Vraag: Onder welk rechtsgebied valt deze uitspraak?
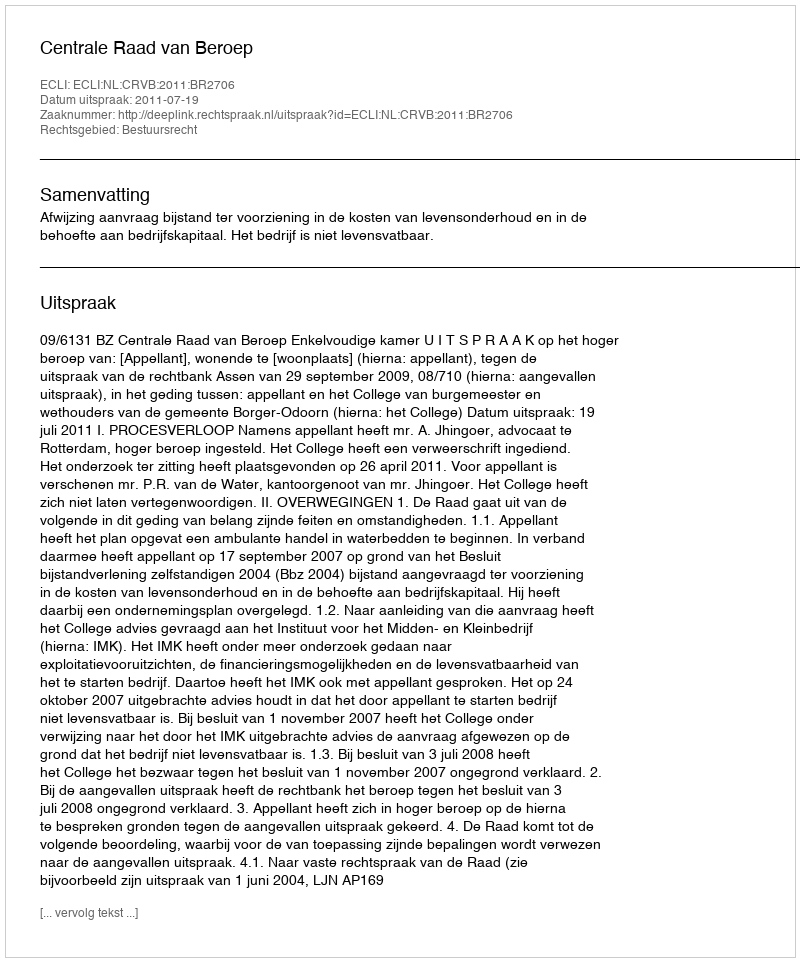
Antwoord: Bestuursrecht